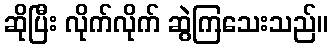
ဆိုပြီး လိုက်လိုက် ဆွဲကြသေးသည်။